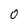
Character: 0